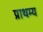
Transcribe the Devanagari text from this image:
प्राथम्य